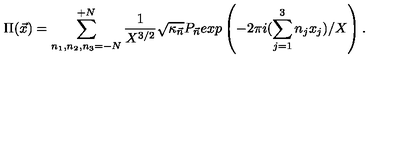
\Pi ( { \vec { x } } ) = \sum _ { n _ { 1 } , n _ { 2 } , n _ { 3 } = - N } ^ { + N } \frac { 1 } { X ^ { 3 / 2 } } { \sqrt { \kappa _ { \vec { n } } } } P _ { \vec { n } } e x p \left( - 2 \pi i ( \sum _ { j = 1 } ^ { 3 } n _ { j } x _ { j } ) / X \right) .